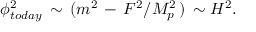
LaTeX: \phi _ { t o d a y } ^ { 2 } \, \sim \, ( m ^ { 2 } \, - \, F ^ { 2 } / M _ { p } ^ { 2 } \, ) \, \sim H ^ { 2 } .